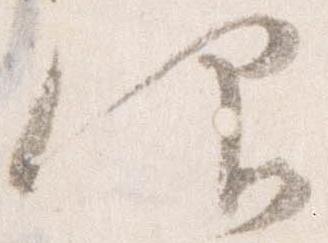
仰